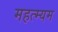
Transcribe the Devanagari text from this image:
महत्म्यम